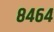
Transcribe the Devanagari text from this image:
८४६४